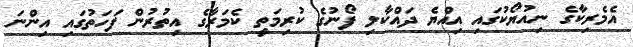
އެމެރިކާގެ ނިއުޔޯކުގައި އިއްޔެ ދައްކާލި ފޯނުގެ ކުރިމަތީ ކެމަރާގެ އިތުރުން ފަހަތުގައި އިންނަ